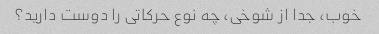
خوب، جدا از شوخی، چه نوع حرکاتی را دوست دارید؟